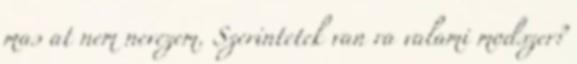
mas at nem nevezem. Szerintetek van ra valami modszer?